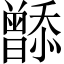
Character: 𬁮